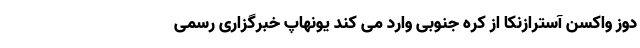
دوز واکسن آسترازنکا از کره جنوبی وارد می کند یونهاپ خبرگزاری رسمی